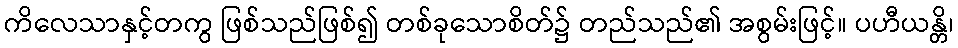
ကိလေသာနှင့်တကွ ဖြစ်သည်ဖြစ်၍ တစ်ခုသောစိတ်၌ တည်သည်၏ အစွမ်းဖြင့်။ ပဟီယန္တိ၊